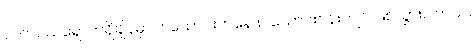
လက်ဝယ်ရောက်ရှိချိန်မှာ ၆ သောင်းကနေ ၈ သောင်းဝန်းကျင် ဖြစ်သွားပါတယ်။